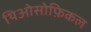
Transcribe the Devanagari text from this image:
थिओसोफ़िकल